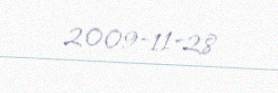
2009-11-28